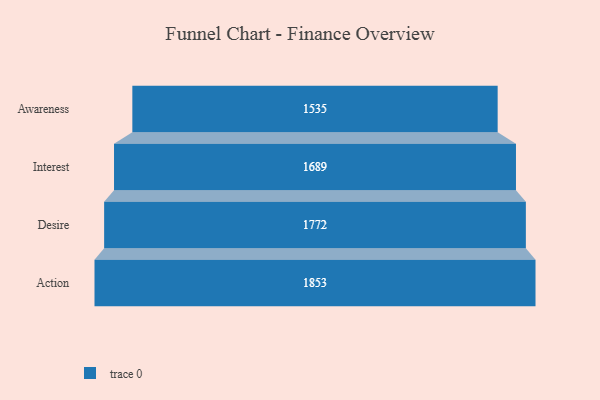
{"axis": {"x": "Stage", "y": "Value"}, "legend": [""], "data": [{"x": "Awareness", "y": 1535.0, "type": ""}, {"x": "Interest", "y": 1689.0, "type": ""}, {"x": "Desire", "y": 1772.0, "type": ""}, {"x": "Action", "y": 1853.0, "type": ""}]}